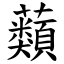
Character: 蘱